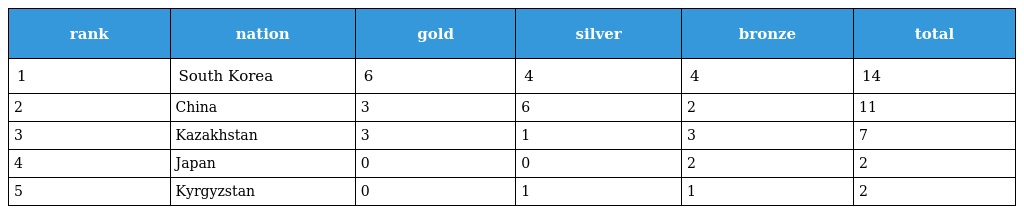
| rank | nation | gold | silver | bronze | total |
 | --- | --- | --- | --- | --- | --- |
 | 1 | South Korea | 6 | 4 | 4 | 14 |
 | 2 | China | 3 | 6 | 2 | 11 |
 | 3 | Kazakhstan | 3 | 1 | 3 | 7 |
 | 4 | Japan | 0 | 0 | 2 | 2 |
 | 5 | Kyrgyzstan | 0 | 1 | 1 | 2 |